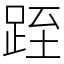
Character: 跮